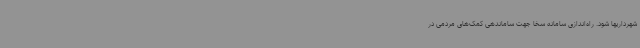
شهرداریها شود. راه‌اندازی سامانه سخا جهت ساماندهی کمک‌های مردمی در